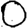
Digit: 0